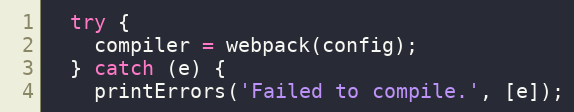
Language: JavaScript
  try {
    compiler = webpack(config);
  } catch (e) {
    printErrors('Failed to compile.', [e]);